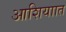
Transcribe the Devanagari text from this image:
आशियाात